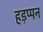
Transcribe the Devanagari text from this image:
हड़प्पन